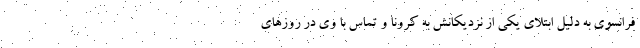
فرانسوی به دلیل ابتلای یکی از نزدیکانش به کرونا و تماس با وی در روزهای